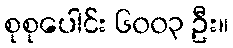
စုစုပေါင်း ၆၀၀၃ ဦး။